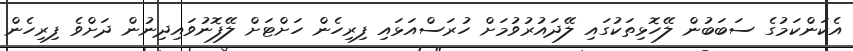
އެކަންކަމުގެ ސަބަބުން ލޭހޮޅިތަކުގައި ލޭދައުރުވުމަށް ހުރަސްއަޅައި ފިރިހެން ހަށްޓަށް ލޭފޮނުވައިދިނުން ދަށްވެ ފިރިހެން